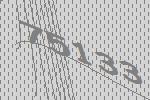
75133